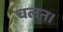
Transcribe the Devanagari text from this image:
चलन।